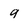
Character: 9